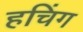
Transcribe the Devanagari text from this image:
हचिंग